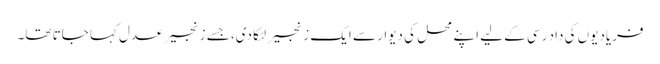
فریادیوں کی داد رسی کے لیے اپنے محل کی دیوار سے ایک زنجیر لٹکا دی، جسے زنجیر عدل کہا جاتا تھا۔